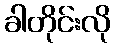
ခါတိုင်းလို